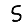
Digit: 5